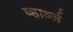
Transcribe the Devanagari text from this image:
व्हार्व्ज़